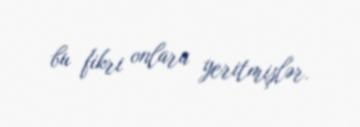
bu fikri onlara yeritmişlər.